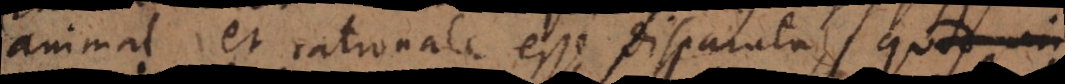
animal et rationale esse disparata. Et